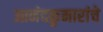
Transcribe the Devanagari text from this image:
आनंदकुमारांचे